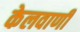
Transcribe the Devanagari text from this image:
केलवाणी